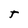
Character: T